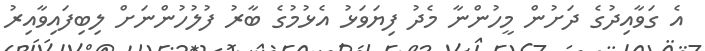
އެ ގަވާއިދުގެ ދަށުން މީހުންނާ މެދު ފިޔަވަޅު އެޅުމުގެ ބާރު ފުލުހުންނަށް ލިބިފައިވާއިރު